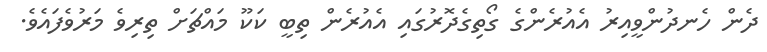
ދެން ހެނދުންވީއިރު އެއުރެންގެ ގޯތިގެދޮރުގައި އެއުރެން ތިބީ ކަކޫ މައްޗަށް ތިރިވެ މަރުވެފައެވެ.